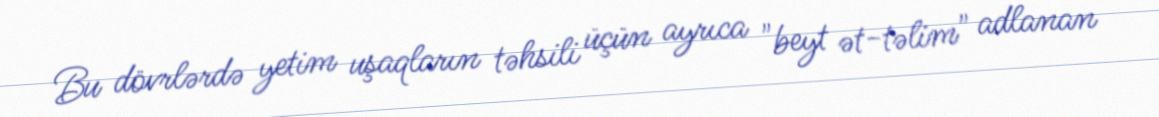
Bu dövrlərdə yetim uşaqların təhsili üçün ayrıca "beyt ət-təlim" adlanan